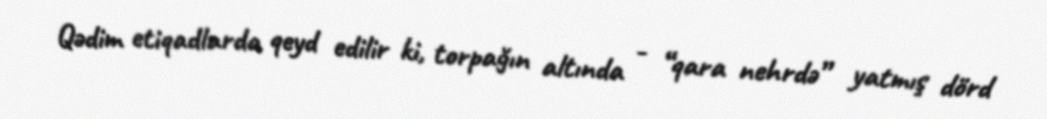
Qədim etiqadlarda qeyd edilir ki, torpağın altında - “qara nehrdə” yatmış dörd